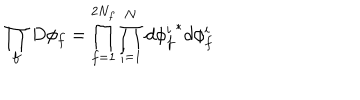
\prod _ { f } D \phi _ { f } = \prod _ { f = 1 } ^ { 2 N _ { f } } \prod _ { i = 1 } ^ { N } d { \phi _ { f } ^ { i } } ^ { * } d \phi _ { f } ^ { i }